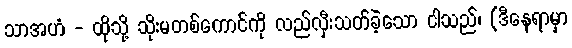
သာအဟံ - ထိုသို့ သိုးမတစ်ကောင်ကို လည်လှီးသတ်ခဲ့သော ငါသည်၊ (ဒီနေရာမှာ